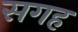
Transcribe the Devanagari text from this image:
सगह